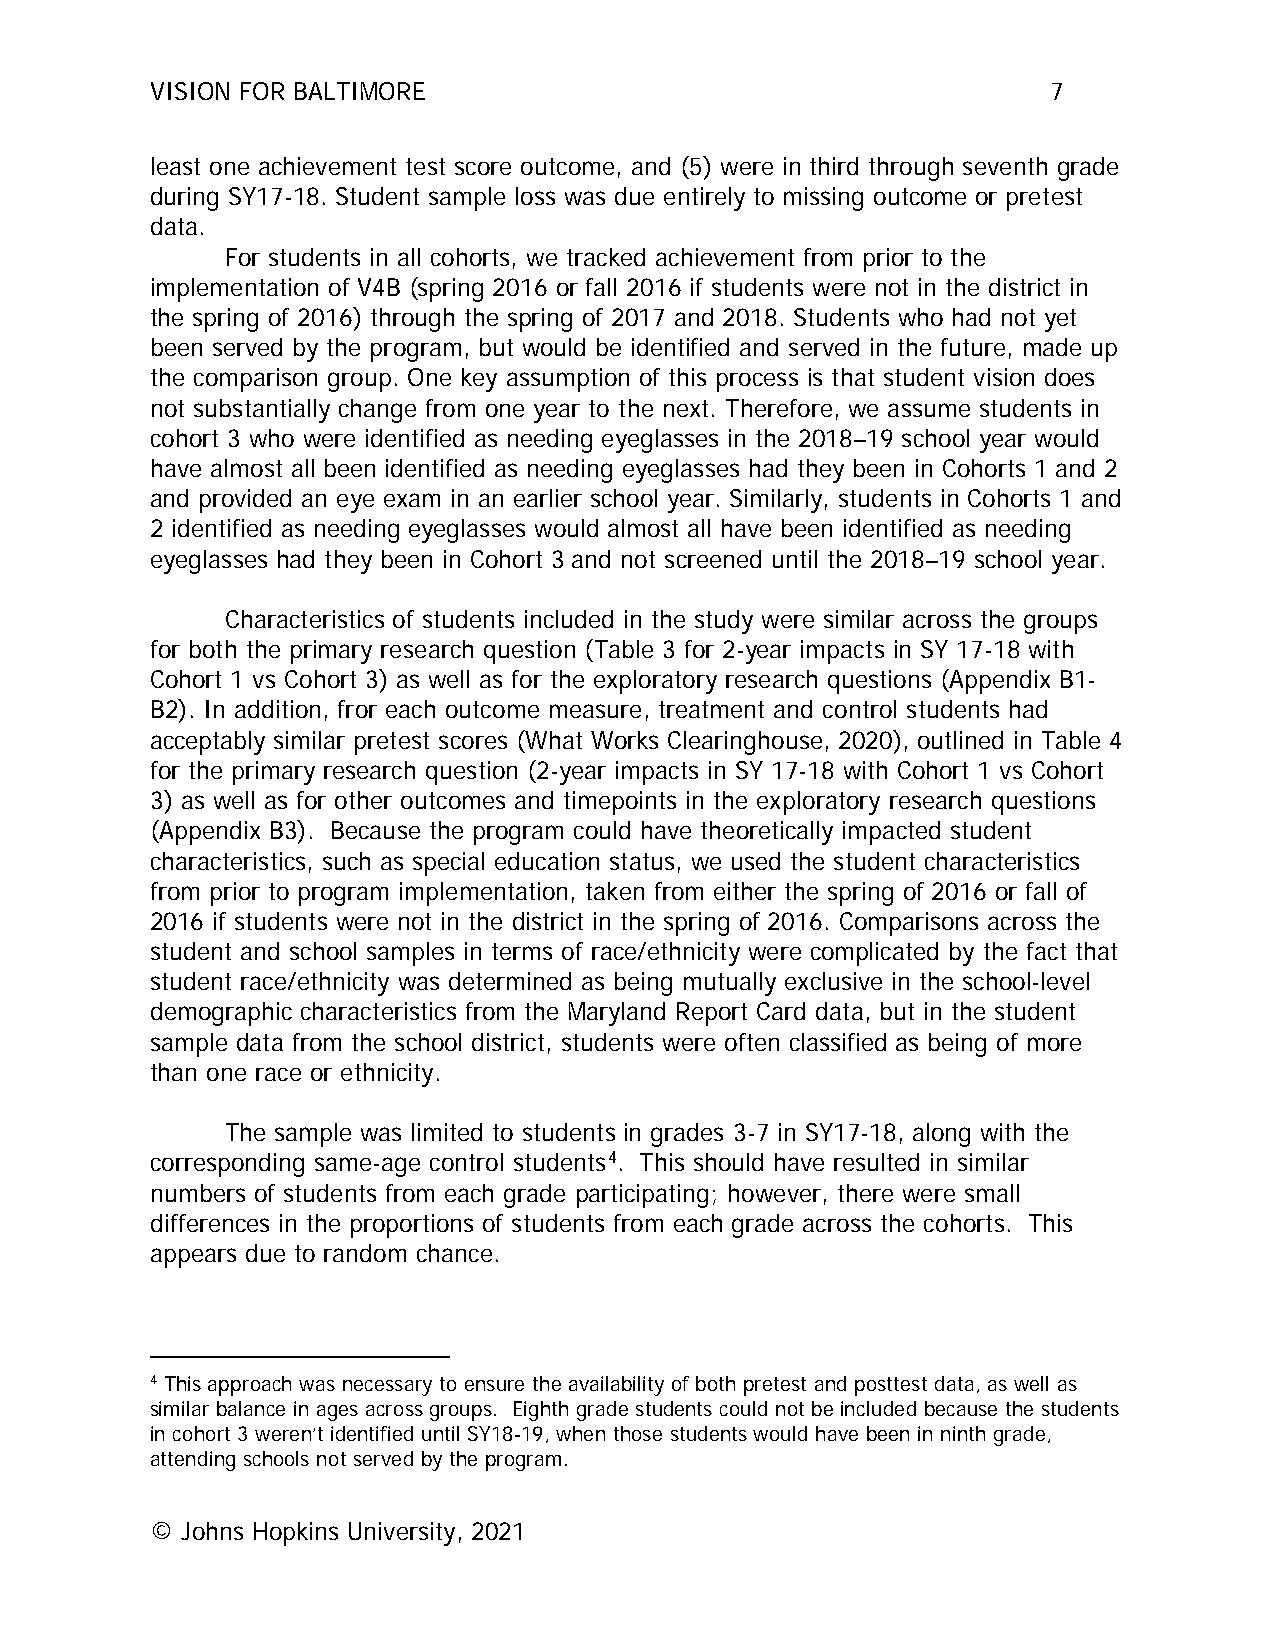
VISION FOR BALTIMORE                                        7
 least one achievement test score outcome, and (5) were in third through seventh grade
 during SY17-18. Student sample loss was due entirely to missing outcome or pretest
 data.
 For students in all cohorts, we tracked achievement from prior to the
 implementation of V4B (spring 2016 or fall 2016 if students were not in the district in
 the spring of 2016) through the spring of 2017 and 2018. Students who had not yet
 been served by the program, but would be identified and served in the future, made up
 the comparison group. One key assumption of this process is that student vision does
 not substantially change from one year to the next. Therefore, we assume students in
 cohort 3 who were identified as needing eyeglasses in the 2018–19 school year would
 have almost all been identified as needing eyeglasses had they been in Cohorts 1 and 2
 and provided an eye exam in an earlier school year. Similarly, students in Cohorts 1 and
 2 identified as needing eyeglasses would almost all have been identified as needing
 eyeglasses had they been in Cohort 3 and not screened until the 2018–19 school year.
 Characteristics of students included in the study were similar across the groups
 for both the primary research question (Table 3 for 2-year impacts in SY 17-18 with
 Cohort 1 vs Cohort 3) as well as for the exploratory research questions (Appendix B1-
 B2). In addition, fror each outcome measure, treatment and control students had
 acceptably similar pretest scores (What Works Clearinghouse, 2020), outlined in Table 4
 for the primary research question (2-year impacts in SY 17-18 with Cohort 1 vs Cohort
 3) as well as for other outcomes and timepoints in the exploratory research questions
 (Appendix B3). Because the program could have theoretically impacted student
 characteristics, such as special education status, we used the student characteristics
 from prior to program implementation, taken from either the spring of 2016 or fall of
 2016 if students were not in the district in the spring of 2016. Comparisons across the
 student and school samples in terms of race/ethnicity were complicated by the fact that
 student race/ethnicity was determined as being mutually exclusive in the school-level
 demographic characteristics from the Maryland Report Card data, but in the student
 sample data from the school district, students were often classified as being of more
 than one race or ethnicity.
 The sample was limited to students in grades 3-7 in SY17-18, along with the
 corresponding same-age control students4. This should have resulted in similar
 numbers of students from each grade participating; however, there were small
 differences in the proportions of students from each grade across the cohorts. This
 appears due to random chance.
 4 This approach was necessary to ensure the availability of both pretest and posttest data, as well as
 similar balance in ages across groups. Eighth grade students could not be included because the students
 in cohort 3 weren’t identified until SY18-19, when those students would have been in ninth grade,
 attending schools not served by the program.
 © Johns Hopkins University, 2021